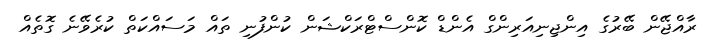
ރާއްޖޭން ބޭރުގެ އިންޖިނިއަރިންގް އެންޑް ކޮންސްޓްރަކްޝަން ކުންފުނި ތައް މަސައްކަތް ކުރެވޭނެ ގޮތެއް